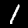
Label: 1